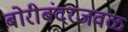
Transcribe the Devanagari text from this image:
बोरीबंदरजवळ